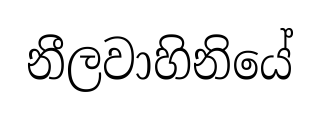
නීලවාහිනියේ